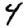
Digit: 4